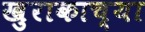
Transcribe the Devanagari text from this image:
खुराकाच्या